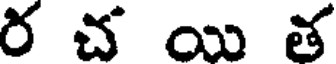
ర చ యి త